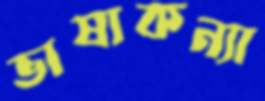
ভাষাকন্যা